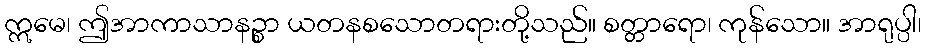
ဣမေ၊ ဤအာကာသာနဉ္စာ ယတနစသောတရားတို့သည်။ စတ္တာရော၊ ကုန်သော။ အာရုပ္ပါ၊